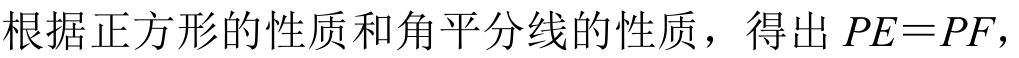
根据正方形的性质和角平分线的性质，得出 \(PE = PF\)，